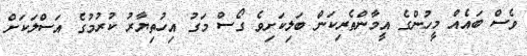
ވެސް ބައެއް މީހުންގެ އީމާންތެރިކަން ބަލިކަށިވެ ގޯސް މަގު އިހުތިޔާރު ކުރުމުގެ އަސްލަކަށް